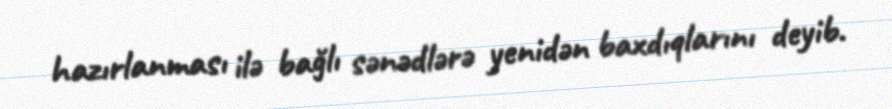
hazırlanması ilə bağlı sənədlərə yenidən baxdıqlarını deyib.